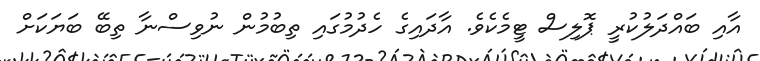
އާއި ބައްދަލުކުރީ ޕޮލިސް ޓީމެކެވެ. އާދައިގެ ހެދުމުގައި ތިބުމުން ނުވިސްނާ ތިބޭ ބަޔަކަށް